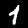
Label: 1